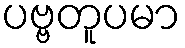
ပဗ္ဗတူပမာ